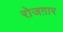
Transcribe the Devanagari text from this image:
रोजग़ार